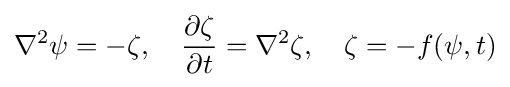
\nabla ^{2}\psi =-\zeta ,\quad {\frac {\partial \zeta }{\partial t}}=\nabla ^{2}\zeta ,\quad \zeta =-f(\psi ,t)